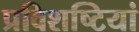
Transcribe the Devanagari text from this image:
प्रविशष्टियां